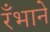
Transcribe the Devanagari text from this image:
रँभाने